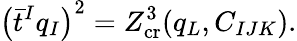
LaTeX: \left(\bar{t}^{I}q_{I}\right)^{2}=Z_{\mathrm{cr}}^{3}(q_{L},C_{IJK}).